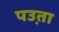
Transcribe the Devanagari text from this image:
पउ़ता